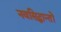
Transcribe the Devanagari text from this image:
नवसिद्धान्तों